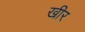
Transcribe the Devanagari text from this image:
खीर